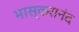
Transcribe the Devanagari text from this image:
भास्करानंद